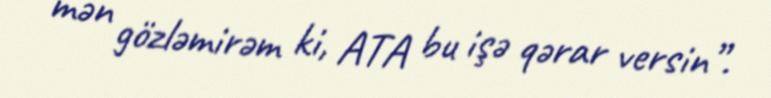
mən gözləmirəm ki, ATA bu işə qərar versin”.